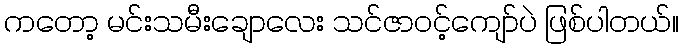
ကတော့ မင်းသမီးချောလေး သင်ဇာဝင့်ကျော်ပဲ ဖြစ်ပါတယ်။